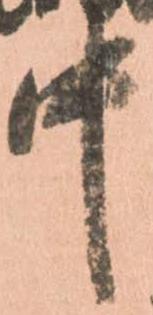
中